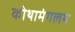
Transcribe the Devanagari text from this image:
कोथामंगलम